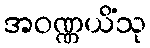
အဝဏ္ဏယိံသု